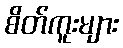
စိတ်ကူးများ